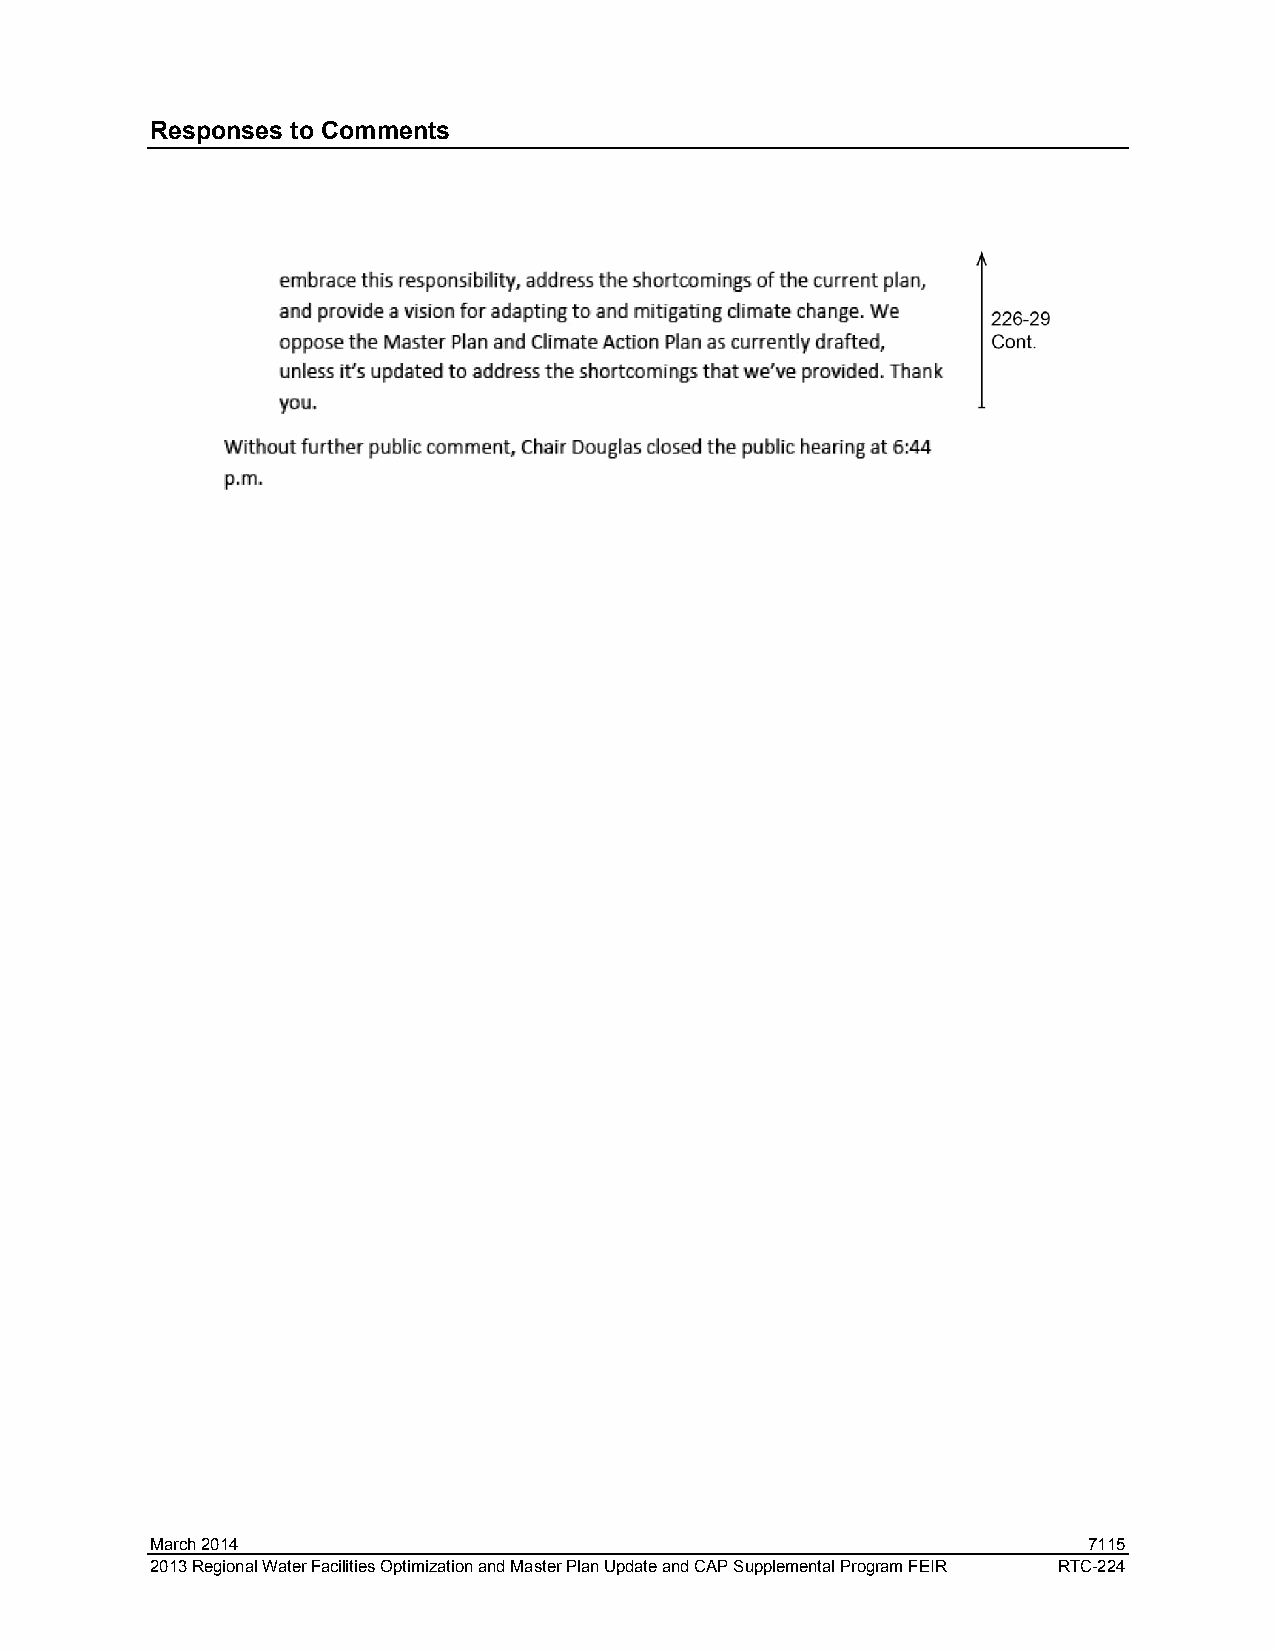
Responses to Comments
 March 2014                                                    7115
 2013 Regional Water Facilities Optimization and Master Plan Update and CAP Supplemental Program FEIR RTC-224